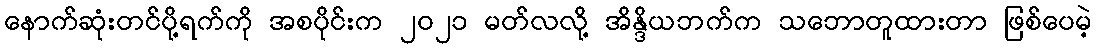
နောက်ဆုံးတင်ပို့ရက်ကို အစပိုင်းက ၂၀၂၁ မတ်လလို့ အိန္ဒိယဘက်က သဘောတူထားတာ ဖြစ်ပေမဲ့